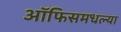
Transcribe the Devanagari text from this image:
ऑफिसमधल्या